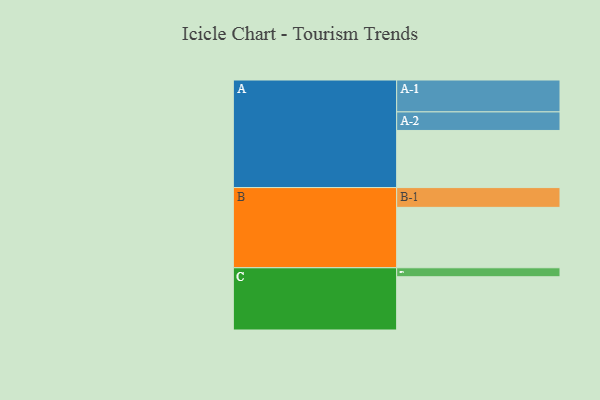
{"axis": {"x": "Segment", "y": "Value"}, "legend": ["", "A", "B", "C"], "data": [{"x": "A", "y": 471, "type": ""}, {"x": "B", "y": 498, "type": ""}, {"x": "C", "y": 439, "type": ""}, {"x": "A-1", "y": 263, "type": "A"}, {"x": "A-2", "y": 153, "type": "A"}, {"x": "B-1", "y": 163, "type": "B"}, {"x": "C-1", "y": 74, "type": "C"}]}